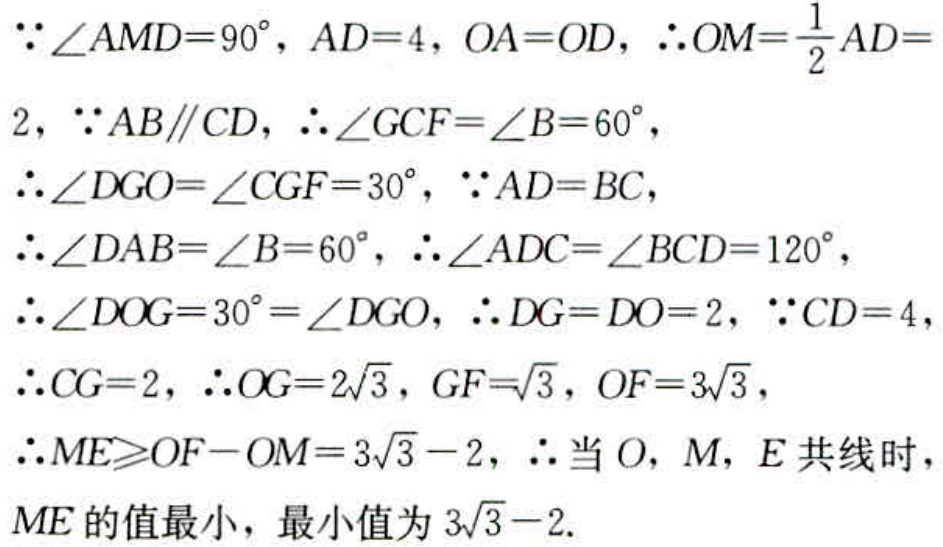
\(\because \angle AMD = 90^{\circ}, AD = 4, OA = OD, \therefore OM=\frac{1}{2}AD = 2, \because AB\parallel CD, \therefore \angle GCF=\angle B = 60^{\circ}, \therefore \angle DGO=\angle CGF = 30^{\circ}, \because AD = BC, \therefore \angle DAB=\angle B = 60^{\circ}, \therefore \angle ADC=\angle BCD = 120^{\circ}, \therefore \angle DOG = 30^{\circ}=\angle DGO, \therefore DG = DO = 2, \because CD = 4, \therefore CG = 2, \therefore OG = 2\sqrt{3}, GF=\sqrt{3}, OF = 3\sqrt{3}, \therefore ME\geqslant OF - OM = 3\sqrt{3}-2, \therefore \text{当 }O, M, E\text{ 共线时}, ME\text{ 的值最小，最小值为 }3\sqrt{3}-2.\)